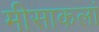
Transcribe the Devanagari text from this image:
मीसाकलां